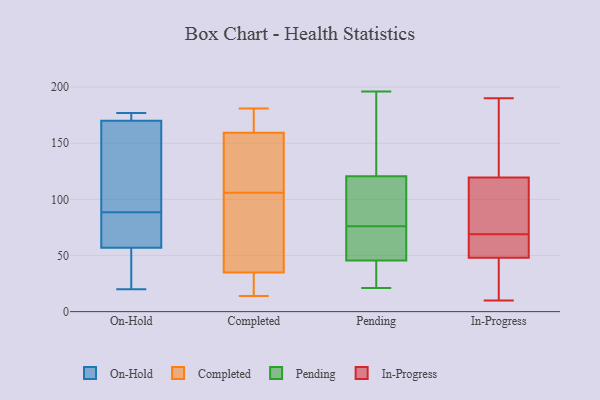
{"axis": {"x": "Page Views", "y": "Value"}, "legend": ["Completed", "In-Progress", "On-Hold", "Pending"], "data": [{"x": "", "y": 96, "type": "On-Hold"}, {"x": "", "y": 69, "type": "On-Hold"}, {"x": "", "y": 48, "type": "On-Hold"}, {"x": "", "y": 172, "type": "On-Hold"}, {"x": "", "y": 57, "type": "On-Hold"}, {"x": "", "y": 81, "type": "On-Hold"}, {"x": "", "y": 139, "type": "On-Hold"}, {"x": "", "y": 162, "type": "On-Hold"}, {"x": "", "y": 171, "type": "On-Hold"}, {"x": "", "y": 68, "type": "On-Hold"}, {"x": "", "y": 177, "type": "On-Hold"}, {"x": "", "y": 20, "type": "On-Hold"}, {"x": "", "y": 26, "type": "On-Hold"}, {"x": "", "y": 170, "type": "On-Hold"}, {"x": "", "y": 166, "type": "Completed"}, {"x": "", "y": 136, "type": "Completed"}, {"x": "", "y": 61, "type": "Completed"}, {"x": "", "y": 151, "type": "Completed"}, {"x": "", "y": 90, "type": "Completed"}, {"x": "", "y": 26, "type": "Completed"}, {"x": "", "y": 106, "type": "Completed"}, {"x": "", "y": 134, "type": "Completed"}, {"x": "", "y": 181, "type": "Completed"}, {"x": "", "y": 21, "type": "Completed"}, {"x": "", "y": 24, "type": "Completed"}, {"x": "", "y": 180, "type": "Completed"}, {"x": "", "y": 162, "type": "Completed"}, {"x": "", "y": 84, "type": "Completed"}, {"x": "", "y": 14, "type": "Completed"}, {"x": "", "y": 132, "type": "Pending"}, {"x": "", "y": 69, "type": "Pending"}, {"x": "", "y": 40, "type": "Pending"}, {"x": "", "y": 76, "type": "Pending"}, {"x": "", "y": 86, "type": "Pending"}, {"x": "", "y": 62, "type": "Pending"}, {"x": "", "y": 82, "type": "Pending"}, {"x": "", "y": 21, "type": "Pending"}, {"x": "", "y": 158, "type": "Pending"}, {"x": "", "y": 196, "type": "Pending"}, {"x": "", "y": 37, "type": "Pending"}, {"x": "", "y": 24, "type": "In-Progress"}, {"x": "", "y": 105, "type": "In-Progress"}, {"x": "", "y": 119, "type": "In-Progress"}, {"x": "", "y": 62, "type": "In-Progress"}, {"x": "", "y": 69, "type": "In-Progress"}, {"x": "", "y": 12, "type": "In-Progress"}, {"x": "", "y": 63, "type": "In-Progress"}, {"x": "", "y": 110, "type": "In-Progress"}, {"x": "", "y": 148, "type": "In-Progress"}, {"x": "", "y": 123, "type": "In-Progress"}, {"x": "", "y": 109, "type": "In-Progress"}, {"x": "", "y": 121, "type": "In-Progress"}, {"x": "", "y": 13, "type": "In-Progress"}, {"x": "", "y": 63, "type": "In-Progress"}, {"x": "", "y": 56, "type": "In-Progress"}, {"x": "", "y": 190, "type": "In-Progress"}, {"x": "", "y": 10, "type": "In-Progress"}]}